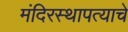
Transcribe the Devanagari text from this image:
मंदिरस्थापत्याचे